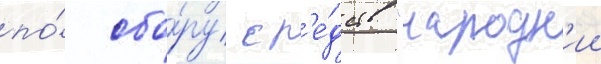
по́ сбо́ру ср'е́дств "народн'ии